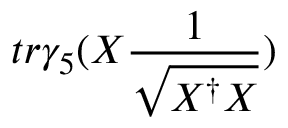
t r \gamma _ { 5 } ( X \frac { 1 } { \sqrt { X ^ { \dagger } X } } )